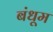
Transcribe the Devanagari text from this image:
बंधूम